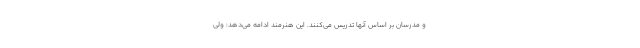
و مدرسان بر اساس آنها تدریس می‌کنند. این هنرمند ادامه می‌دهد: ولی